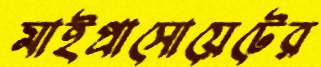
মাইপ্রাসোয়েটের